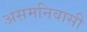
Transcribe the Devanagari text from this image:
असमनिवासी